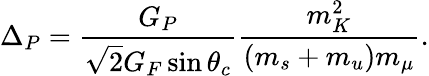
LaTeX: \Delta_{P}=\frac{G_{P}}{\sqrt{2}G_{F}\sin\theta_{c}}\frac{m_{K}^{2}}{(m_{s}+m_{u})m_{\mu}}.